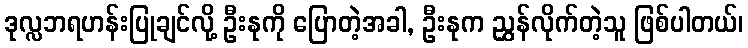
ဒုလ္လဘရဟန်းပြုချင်လို့ ဦးနုကို ပြောတဲ့အခါ, ဦးနုက ညွှန်လိုက်တဲ့သူ ဖြစ်ပါတယ်၊